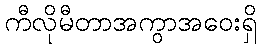
ကီလိုမီတာအကွာအဝေးရှိ